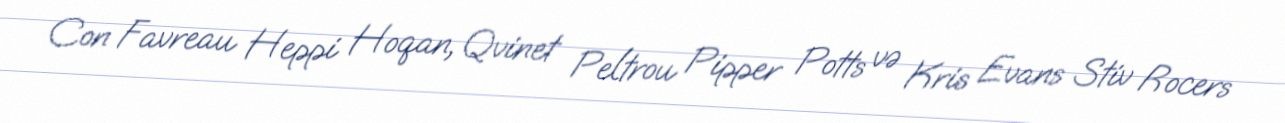
Con Favreau Heppi Hoqan, Qvinet Peltrou Pipper Potts və Kris Evans Stiv Rocers